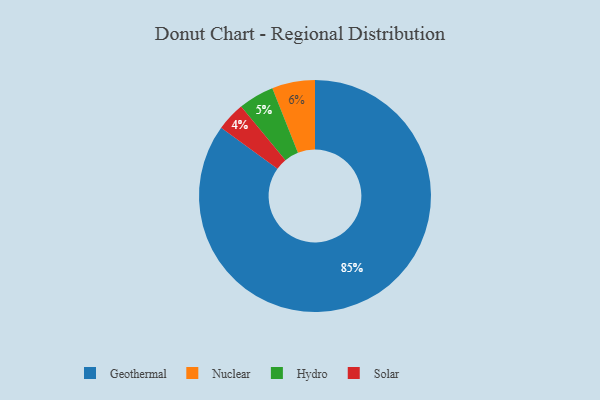
{"axis": {"x": "Category", "y": "Percentage"}, "legend": ["Geothermal", "Hydro", "Nuclear", "Solar"], "data": [{"x": "Geothermal", "y": 85, "type": "Geothermal"}, {"x": "Solar", "y": 4, "type": "Solar"}, {"x": "Nuclear", "y": 6, "type": "Nuclear"}, {"x": "Hydro", "y": 5, "type": "Hydro"}]}